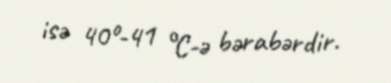
isə 40º-41 °C-ə bərabərdir.